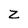
Character: Z